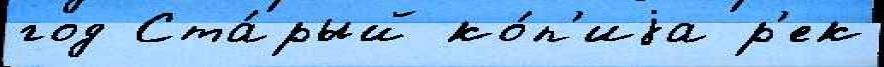
год Ста́рый ко́п'иjа р'ек